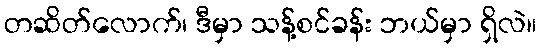
တဆိတ်လောက်၊ ဒီမှာ သန့်စင်ခန်း ဘယ်မှာ ရှိလဲ။